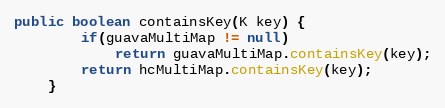
Language: Java
public boolean containsKey(K key) {
		if(guavaMultiMap != null)
			return guavaMultiMap.containsKey(key);
		return hcMultiMap.containsKey(key);
	}